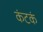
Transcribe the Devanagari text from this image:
कंटकं